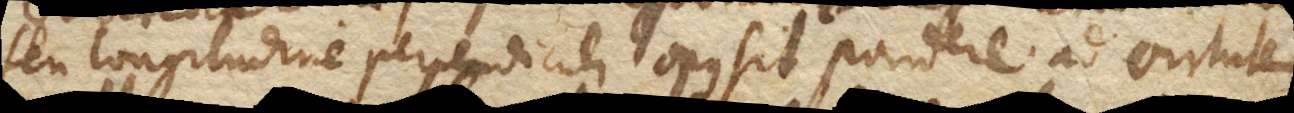
seu longitudine perpendiculi opus sit pondere ad virtutem